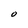
Character: O